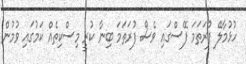
ހުޅުމާލޭ ފުރަތަމަ ފޭސްގައި ވެސް ފުރަތަމަ ބިނާ ކުރީ މިސްކިތެއް ކަމުގައި ވުމުން